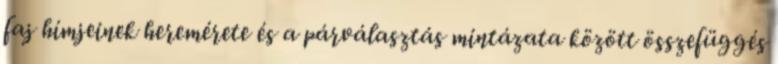
faj hímjeinek heremérete és a párválasztás mintázata között összefüggés